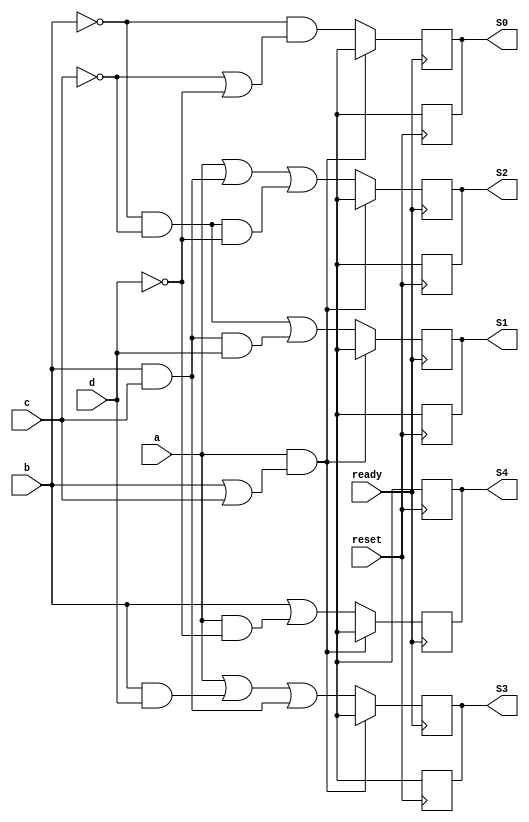
module CaesarEncoder(ready, reset, a, b, c, d, S0, S1, S2, S3, S4); //modulo principal, responsavel por realizar as conversoes da entrada de 4 bits e retornar a respectiva saida de 5 bits

    //Declarao das entradas e sadas
    input a, b, c, d, ready, reset;
    output reg S0, S1, S2, S3, S4;
    //Quando  detectada uma borda de subida do sinal reset as saidas so redefinidas para o estado inicial, x
    always @(posedge reset) begin
        S0 <= 1'bx;
        S1 <= 1'bx;
        S2 <= 1'bx;
        S3 <= 1'bx;
        S4 <= 1'bx;
    end
    //Quando  detectada uma borda de subida do sinal ready o modulo executa a logica e altera os sinais da saida para os valores correspondentes
    always @(posedge ready) begin

    //Funcionamento do circuito
        if (a && (b || c)) begin //Caso essa equao booleana retornar verdadeiro, a entrada de 4 bits  maior ou igual a 10 quando convertida em decimal, ou seja, invlida, portanto a sada de 5 bits deve ser indeterminada, ou seja, x para cada bit
            S0 <= 1'bx;
            S1 <= 1'bx;
            S2 <= 1'bx;
            S3 <= 1'bx;
            S4 <= 1'bx;
        end else begin //Caso a entrada de 4 bits seja vlida, atribui os devidos valores para cada bit de sada
            S0 <= ~b & (~c | ~d);
            S1 <= (~b & ~c) | (b & c & d);
            S2 <= a | (b & c) | (~b & ~c & ~d);
            S3 <= a | (b & d) | (b & c);
            S4 <= b | (a & ~d);
        end

    end

endmodule

module display(S4, S3, S2, S1, S0, c0, c1, c2, c3, c4, c5, c6); //Mdulo responsvel para determinar quais dos segmentos do Display de 7 segmentos vo acender ou apagar, dependendo da entrada de 5 bits. Como so 7 segmentos, sero 7 sadas.

    input S0, S1, S2, S3, S4; //Entradas
    output c0, c1, c2, c3, c4, c5, c6; //Sadas
    //Equaes booleanas para definir cada sada
    assign c0 = (~S4 | S0 | (S3 & S1));
    assign c1 = (~S3 | ~S0);
    assign c2 = (~S3 | S2);
    assign c3 = (S3 & ~S1) | (S3 & S0) | (~S2 & S1) | (~S4 & ~S0);
    assign c4 = (~S4 & ~S0) | (~S2 & S1) | (~S4 & S3) | (S3 & ~S2);
    assign c5 = (S3 & S1) | (~S4 & ~S2);
    assign c6 = S3 | (~S2 & S0);


endmodule

//Gerador de pulsos para o ready, apenas para fins de teste

module readyclk(ready); //Mdulo responsvel por alterar os valores da varivel ready repetidamente

    output reg ready;
    always begin
        #2 ready = 1'b0; //Altera o valor de ready para 0
        #2 ready = 1'b1; //Altera o valor de ready para 1 
    end

endmodule